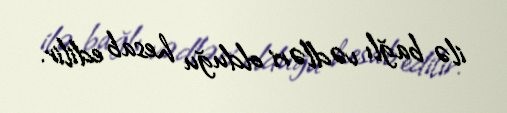
ilə bağlı vədləri olduğu hesab edilir.